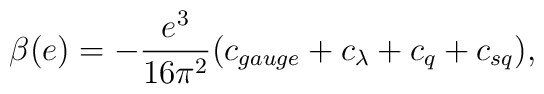
\beta(e) = -\frac{e^3}{16\pi^2} (c_{gauge}+c_\lambda +c_q+c_{sq}),